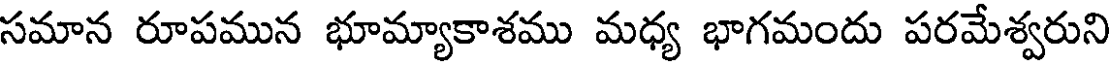
సమాన రూపమున భూమ్యాకాశము మధ్య భాగమందు పరమేశ్వరుని